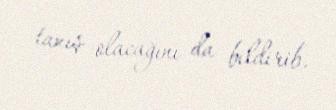
tanış olacağını da bildirib.